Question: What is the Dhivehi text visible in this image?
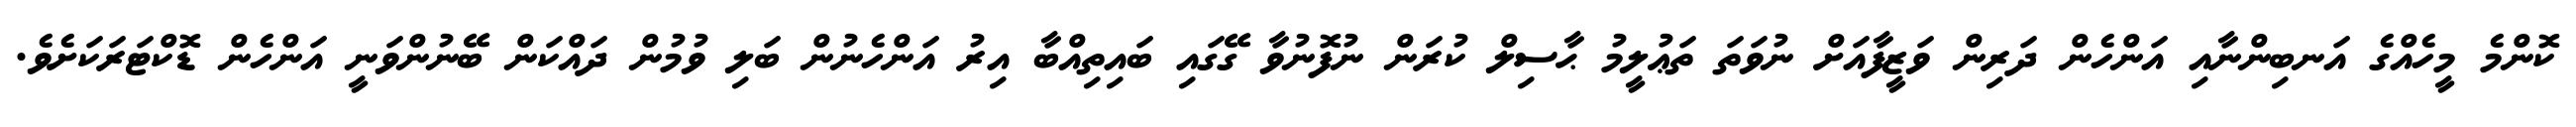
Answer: ކޮންމެ މީހެއްގެ އަނބިންނާއި އަންހެން ދަރިން ވަޒީފާއަށް ނުވަތަ ތަޢުލީމު ޙާސިލް ކުރަން ނުފޮނުވާ ގޭގައި ބައިތިއްބާ އިރު އަންހެނުން ބަލި ވުމުން ދައްކަން ބޭނުންވަނީ އަންހެން ޑޮކްޓަރަކަށެވެ.